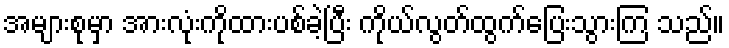
အများစုမှာ အားလုံးကိုထားပစ်ခဲ့ပြီး ကိုယ်လွတ်ထွက်ပြေးသွားကြ သည်။